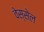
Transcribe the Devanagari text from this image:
वेस्सेल